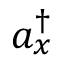
a _ { x } ^ { \dagger }